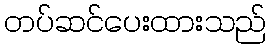
တပ်ဆင်ပေးထားသည်